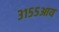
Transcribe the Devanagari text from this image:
३१५५आय